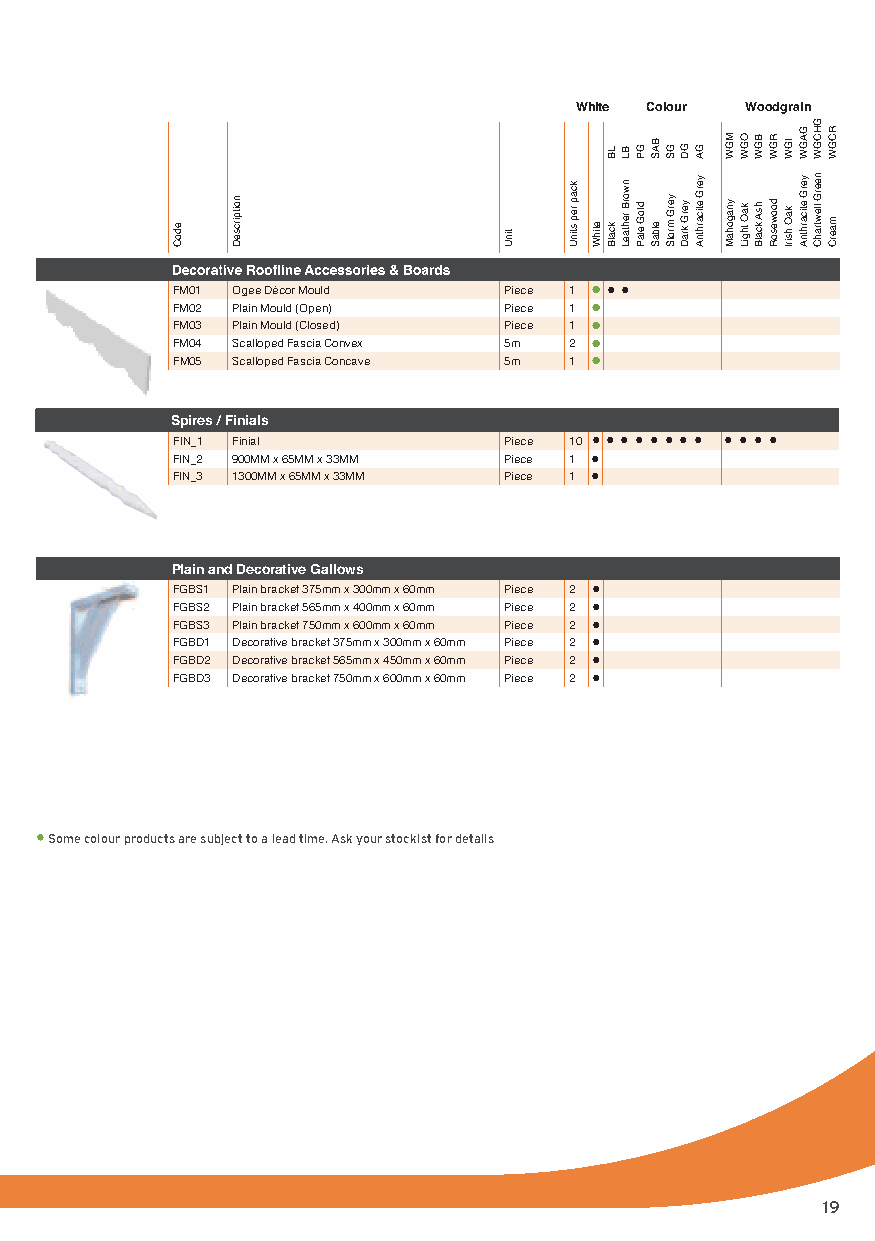
White Colour Woodgrain
 FM01 Ogee Décor Mould Piece 1 •• •
 FM02 Plain Mould (Open) Piece 1 •
 FM03 Plain Mould (Closed) Piece 1 •
 FM04 Scalloped Fascia Convex 5m 2 •
 FM05 Scalloped Fascia Concave 5m 1 •
 Spires / Finials
 FIN_1 Finial          Piece 10 • • • • • • • • • • • •
 FIN_2 900MM x 65MM x 33MM Piece 1 •
 FIN_3 1300MM x 65MM x 33MM Piece 1 •
 Plain and Decorative Gallows
 FGBS1 Plain bracket 375mm x 300mm x 60mm Piece 2 •
 FGBS2 Plain bracket 565mm x 400mm x 60mm Piece 2 •
 FGBS3 Plain bracket 750mm x 600mm x 60mm Piece 2 •
 FGBD1 Decorative bracket 375mm x 300mm x 60mm Piece 2 •
 FGBD2 Decorative bracket 565mm x 450mm x 60mm Piece 2 •
 FGBD3 Decorative bracket 750mm x 600mm x 60mm Piece 2 •
 • Some colour products are subject to a lead time. Ask your stockist for details
 19
 J3920-Freefoam A5 Catalogue-150316-v2.indd 17    15/03/2016 16:41
 edoC
 noitpircseD
 tinU
 kcap
 rep
 stinU etihW
 LB
 kcalB
 BL
 nworB
 rehtaeL
 GP
 dloG
 elaP
 BAS
 elbaS
 GS
 yerG
 mrotS
 GD
 yerG
 kraD
 GA
 yerG
 eticarhtnA
 MGW
 ynagohaM
 OGW
 kaO
 thgiL
 BGW
 hsA
 kcalB
 RGW
 doowesoR
 IGW
 kaO
 hsirI
 GAGW
 yerG
 eticarhtnA
 GHCGW
 neerG
 llewtrahC
 RCGW
 maerC